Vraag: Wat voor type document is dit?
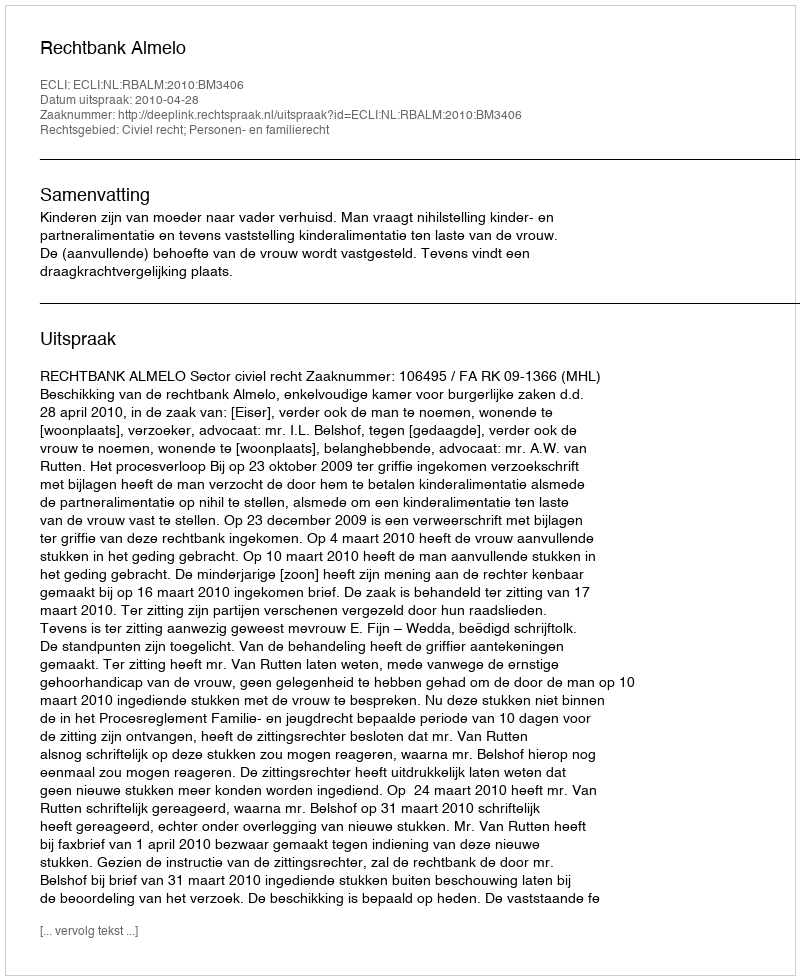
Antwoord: Uitspraak